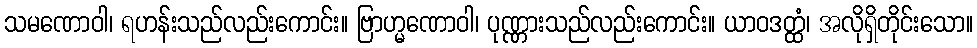
သမဏောဝါ၊ ရဟန်းသည်လည်းကောင်း။ ဗြာဟ္မဏောဝါ၊ ပုဏ္ဏားသည်လည်းကောင်း။ ယာဝဒတ္ထံ၊ အလိုရှိတိုင်းသော။